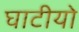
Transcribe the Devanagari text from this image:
घाटीयो